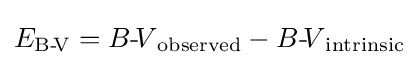
E_{{\text{B-}}\!{\text{V}}}={B{\text{-}}\!V}_{\text{observed}}-{B{\text{-}}\!V}_{\text{intrinsic}}